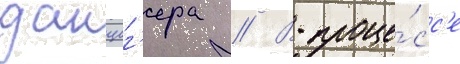
данциг'ера // В проце́сс'е